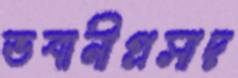
ভবানীপ্রসাদ